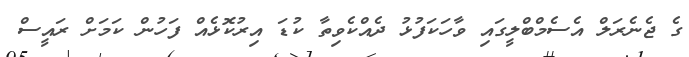
ގެ ޖެނެރަލް އެސެމްބްލީގައި ވާހަކަފުޅު ދެއްކެވިތާ ކުޑަ އިރުކޮޅެއް ފަހުން ކަމަށް ރައީސް